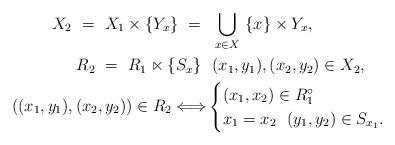
LaTeX: \begin{align*}X_2 \ = \ X_1 \times \{ Y_x \} \ = \ &\ \bigcup_{x \in X} \ \{ x \} \times Y_x, \\R_2 \ = \ R_1 \ltimes \{ S_x \} \ & \ (x_1,y_1), (x_2,y_2) \in X_2, \\((x_1,y_1), (x_2,y_2)) \in R_2 \Longleftrightarrow &\begin{cases} (x_1,x_2) \in R_1^{\circ} \\x_1 = x_2 \ \ (y_1,y_2) \in S_{x_1}. \end{cases} \end{align*}